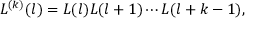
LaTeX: L ^ { ( k ) } ( l ) = L ( l ) L ( l + 1 ) \cdots L ( l + k - 1 ) ,